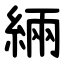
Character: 緉